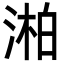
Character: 湐